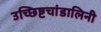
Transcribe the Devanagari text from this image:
उच्छिष्टचांडालिनी